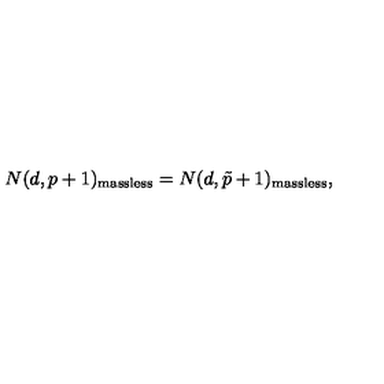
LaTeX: N ( d , p + 1 ) _ { \mathrm { m a s s l e s s } } = N ( d , \tilde { p } + 1 ) _ { \mathrm { m a s s l e s s } } ,